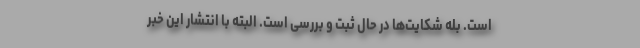
است. بله شکایت‌ها در حال ثبت و بررسی است. البته با انتشار این خبر